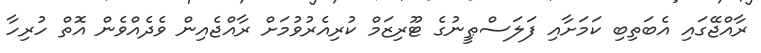
ރާއްޖޭގައި އެބަތިބި ކަމަށާއި ފަލަސްޠީނުގެ ޓޫރިޒަމް ކުރިއެރުވުމަށް ރާއްޖެއިން ވެދެއްވެން އޮތް ހުރިހާ